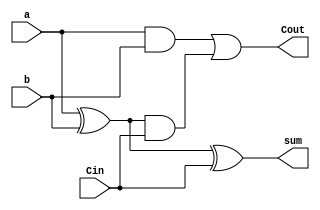
module Q1_st(
    input a,
    input b,
    input Cin,
    output sum,
    output Cout
    );
     
     //sum
     xor g1 (sum , a,b,Cin);
    
     //Cout
     wire t1, t2, t3;
     and ab (t1, a, b);
     xor xab (t2, a, b);
     and ab2 (t3, t2, Cin);
     or final (Cout, t1, t3);

endmodule